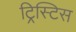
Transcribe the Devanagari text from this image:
ट्रिस्टिस